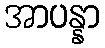
အာပန္နာ